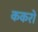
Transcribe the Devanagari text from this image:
ककरो